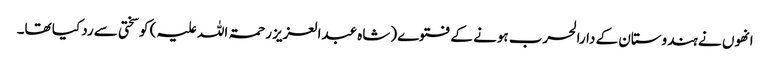
انھوں نے ہندوستان کے دارالحرب ہونے کے فتوے (شاہ عبدالعزیز رحمۃ اللہ علیہ) کو سختی سے رد کیا تھا۔